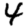
Digit: 4